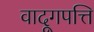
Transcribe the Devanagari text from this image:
वादूगपत्ति